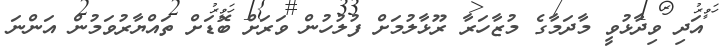
އަދި ވިދާޅުވީ މާދަމާގެ މުޒާހަރާ ރޫޅާލުމަށް ފުލުހުން ވަރަށް ބޮޑަށް ތައްޔާރުވަމުން އަންނަ